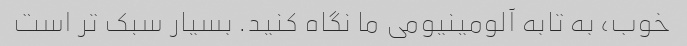
خوب، به تابه آلومینیومی ما نگاه کنید. بسیار سبک تر است